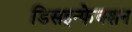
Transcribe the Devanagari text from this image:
डिसइन्फेक्शन